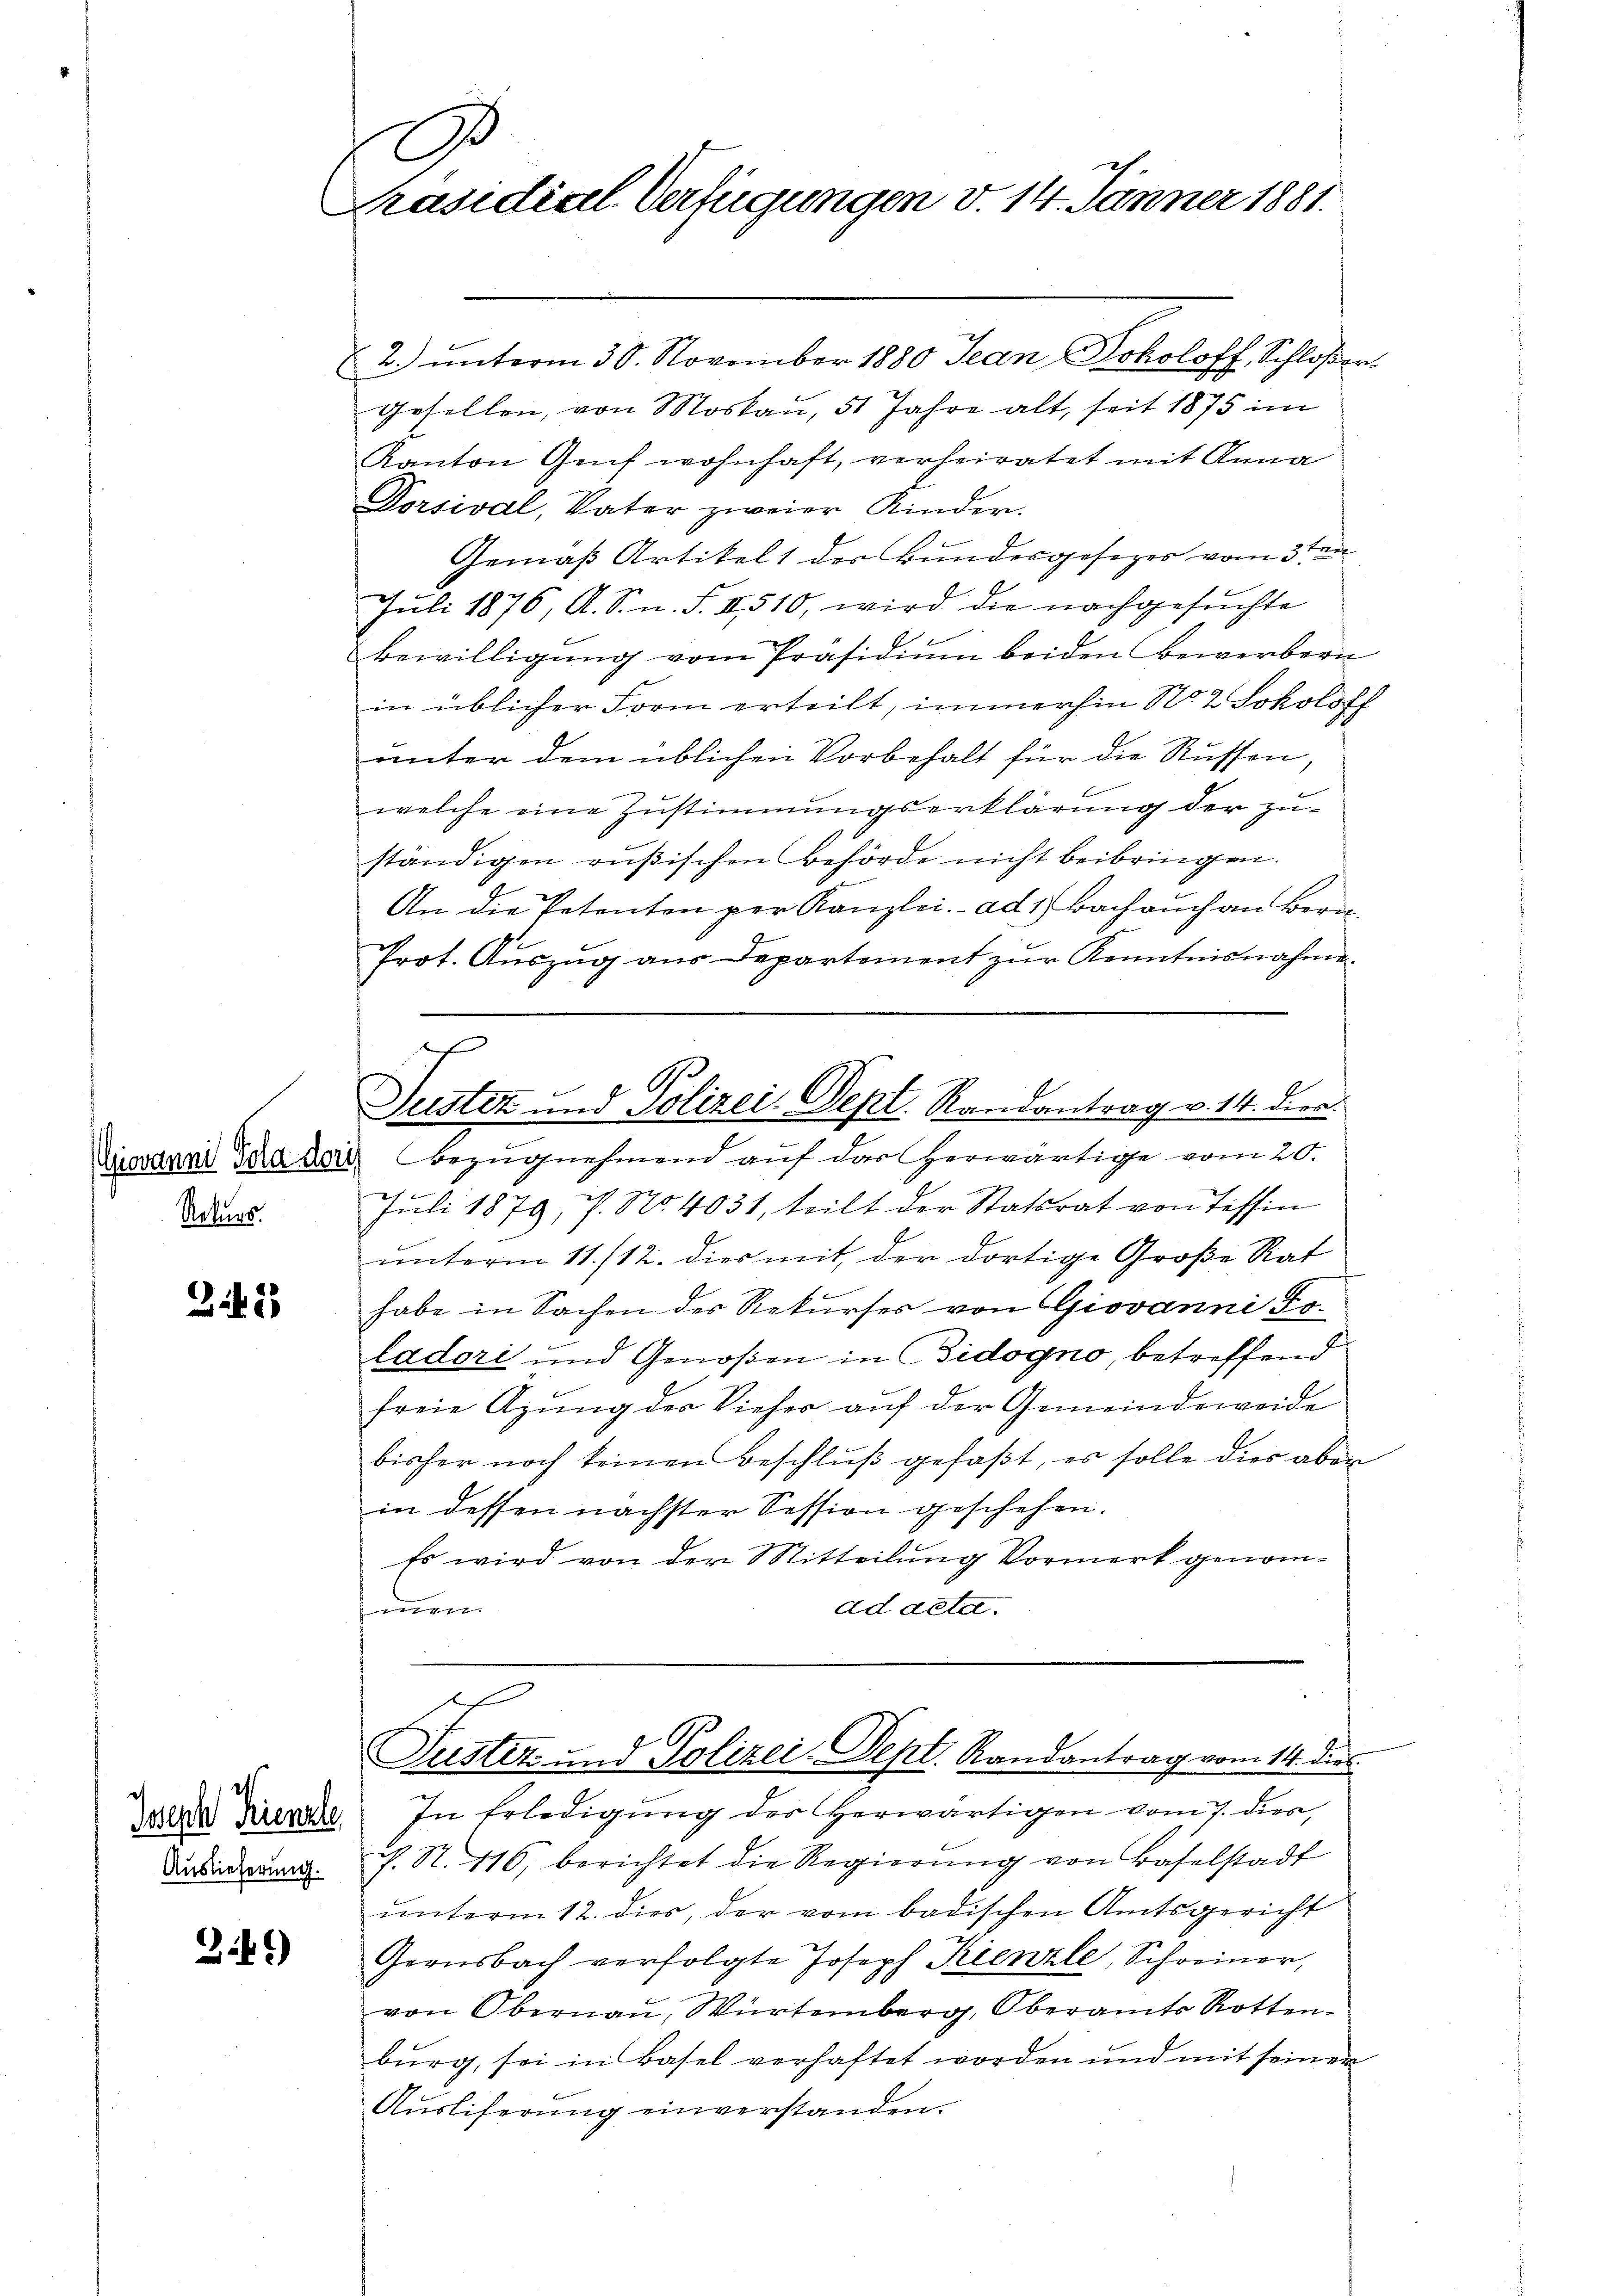
Rekurs.

342

Joseph Kienale,
Auslieferung.

3.41)

D
Präsidial-Verfügungen v. 14. Jänner 1881.

2. ŭnterm 30. November 1880 Jean Sokoloff, Schloßer
gesellen, von Moskau, 51 Jahre alt, seit 1875 im
Kanton Geif wohnhaft, verheiratet mit Anna
Dorsival, Vater zweier Kinder.
Gemäß Artikelt des Bundesgesezer vom 3ten
Juli 1876, A. S. n. F. II 510, wird die nachgesŭchte
Bewilligŭng vom Präsidiŭm beiden Bewerbern
in üblicher Form erteilt, immerhin No 2 Sokolose
unter dem üblichen Vorbehalt für die Rüssen,
welche eine Zustimmungserklärung der zu-
ständigen rußischen Behörde nicht beibringen.
An die Petenten per Kanzlei. ad 1. Bach auch an Bern¬
Prot. Auszug aus Departement zur Kenntnisnahme.
1
d
Justiz und Polizei. Sept. Randantrag v. 14. dere.
Diovannd Sara der Bezŭgnehmend auf das herwärtige vom 20.

Juli 1879, P. Nr. 4031, teilt der Statsrat von Tessin
unterm 11./12. dies mit der dortige Große Rat
habe in Sachen des Rekurses von Giovanni Doladori und Genoßen in Gidogno, betreffend
freie Agung des Vieher auf der Gemeindeweide
bisher noch keinen Beschlŭβ gefaβt, es solle dies aber
in dessen nächster Session geschehen.
Es wird von der Mitteilung Vormerk genomad acte.
Zimmern

h
Justiz- und Polizei-Sept. Randantrag vom 14. dies

In Erledigung des Herwärtigen vom 7. dien
. S. 116, berichtet die Regierŭng von Baselstadt
ŭnterm 12. dies, der vom badischen Amtsgericht
Gernsbach verfolgte Joseph Kienzle, Schreiner,
von Obernau, Würtemberg, Oberamts Rottenburg, sei in Basel verhaftet worden und mit seiner
Aŭsliferŭng einverstanden.